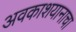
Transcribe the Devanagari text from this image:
अवकाशयानाचा